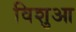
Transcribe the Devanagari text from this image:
विशुआ